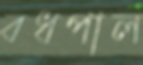
বধপাল